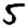
Digit: 5